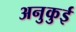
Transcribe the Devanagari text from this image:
अनुकुई